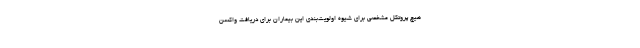
هیچ پروتکل مشخصی برای شیوه اولویت‌بندی این بیماران برای دریافت واکسن